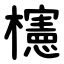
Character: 櫶